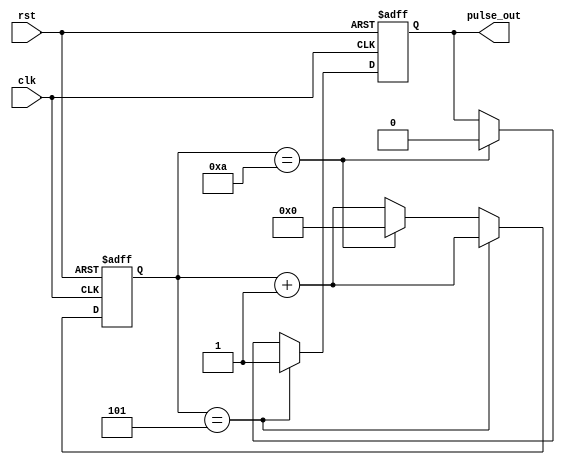
module synchronous_pulse_generator (
    input wire clk,         // System clock
    input wire rst,         // Reset signal
    output wire pulse_out   // Output pulse signal
);

// Parameters
parameter integer frequency = 10;      // Frequency of generated pulses in Hz
parameter real duty_cycle = 0.5;        // Duty cycle of generated pulses (0.0 to 1.0)
parameter real pulse_width = 0.1;       // Pulse width of generated pulses in seconds

// Internal signals
reg [31:0] counter = 0;     // Counter for generating pulses
reg pulse;                  // Output pulse signal

// Synchronization mechanism
always @(posedge clk or posedge rst) begin
    if (rst) begin
        // Reset counter and output pulse
        counter <= 0;
        pulse <= 0;
    end else begin
        counter <= counter + 1;

        // Generate pulse based on configured parameters
        if (counter == (frequency / 2)) begin
            pulse <= 1;
        end else if (counter == frequency) begin
            counter <= 0;
            pulse <= 0;
        end
    end
end

// Assign output pulse signal
assign pulse_out = pulse;

endmodule